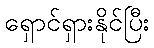
ရှောင်ရှားနိုင်ပြီး